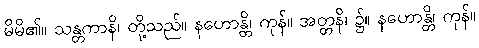
မိမိ၏။ သန္တကာနိ၊ တို့သည်။ နဟောန္တိ၊ ကုန်။ အတ္တနိ၊ ၌။ နဟောန္တိ၊ ကုန်။